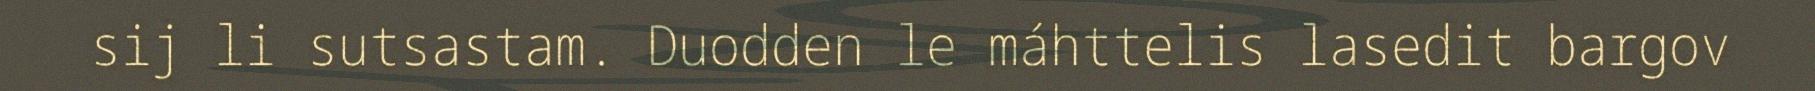
sij li sutsastam. Duodden le máhttelis lasedit bargov